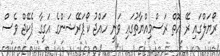
ރޯޔަލްގައި ރޭ އޮތް ރަސްމިއްޔާތުގައި ވަނީ ހައްޖު ކޯޕަރޭޝަންގެ އަގީގާ ޕެކޭޖް ވެސް